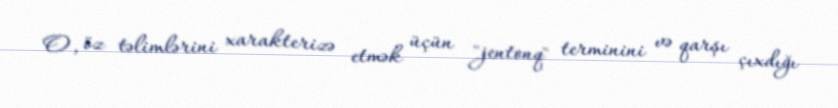
O, öz təlimlərini xarakterizə etmək üçün "jentonq" terminini və qarşı çıxdığı